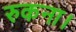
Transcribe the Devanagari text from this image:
रुकना।